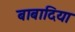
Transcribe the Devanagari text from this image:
बाबादिया